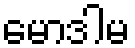
မောဒါမ